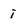
Character: i